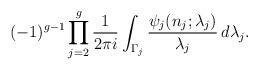
LaTeX: \begin{align*}(-1)^{g-1} \prod_{j=2}^g \frac{1}{2 \pi i} \int_{\Gamma_j} \frac{\psi_j(n_j; \lambda_j)}{\lambda_j}\, d\lambda_j.\end{align*}